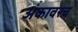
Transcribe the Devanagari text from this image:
अंकावरच